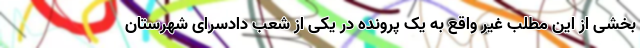
بخشی از این مطلب غیر واقع به یک پرونده در یکی از شعب دادسرای شهرستان